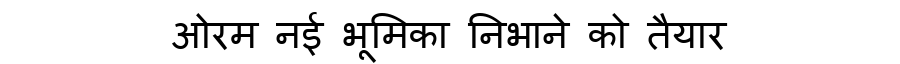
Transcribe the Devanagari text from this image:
ओरम नई भूमिका निभाने को तैयार